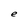
Character: e